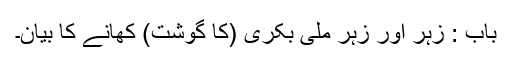
باب : زہر اور زہر ملی بکری (کا گوشت) کھانے کا بیان۔